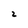
Character: z